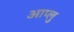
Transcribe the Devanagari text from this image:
आप्लु